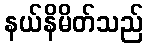
နယ်နိမိတ်သည်